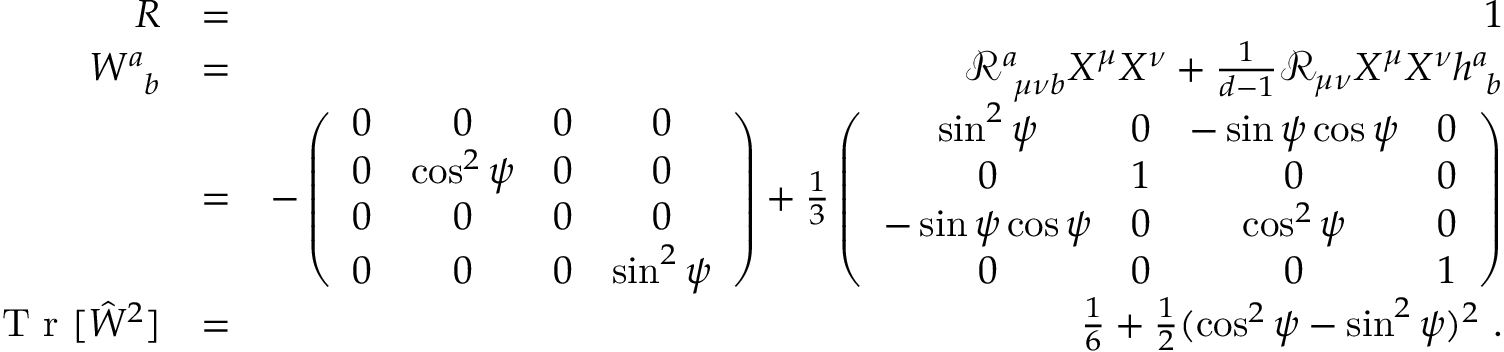
\begin{array} { r l r } { R } & { = } & { 1 } \\ { W _ { \ \, b } ^ { a } } & { = } & { \mathcal { R } _ { \ \mu \nu b } ^ { a } X ^ { \mu } X ^ { \nu } + \frac { 1 } { d - 1 } \mathcal { R } _ { \mu \nu } X ^ { \mu } X ^ { \nu } h _ { \ b } ^ { a } } \\ & { = } & { - \left( \begin{array} { c c c c } { 0 } & { 0 } & { 0 } & { 0 } \\ { 0 } & { \cos ^ { 2 } \psi } & { 0 } & { 0 } \\ { 0 } & { 0 } & { 0 } & { 0 } \\ { 0 } & { 0 } & { 0 } & { \sin ^ { 2 } \psi } \end{array} \right) + \frac { 1 } { 3 } \left( \begin{array} { c c c c } { \sin ^ { 2 } \psi } & { 0 } & { - \sin \psi \cos \psi } & { 0 } \\ { 0 } & { 1 } & { 0 } & { 0 } \\ { - \sin \psi \cos \psi } & { 0 } & { \cos ^ { 2 } \psi } & { 0 } \\ { 0 } & { 0 } & { 0 } & { 1 } \end{array} \right) } \\ { \textrm { T r } [ \hat { W } ^ { 2 } ] } & { = } & { \frac { 1 } { 6 } + \frac { 1 } { 2 } ( \cos ^ { 2 } \psi - \sin ^ { 2 } \psi ) ^ { 2 } \ . } \end{array}